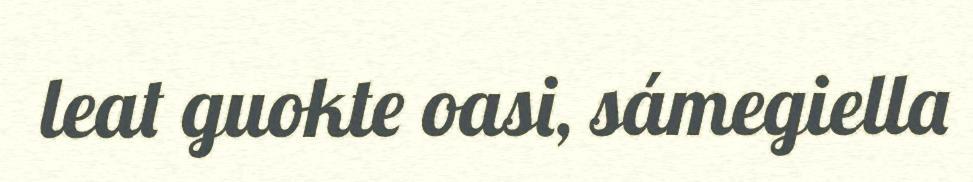
leat guokte oasi, sámegiella